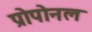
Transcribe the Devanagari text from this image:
प्रोपोनल